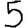
Digit: 5